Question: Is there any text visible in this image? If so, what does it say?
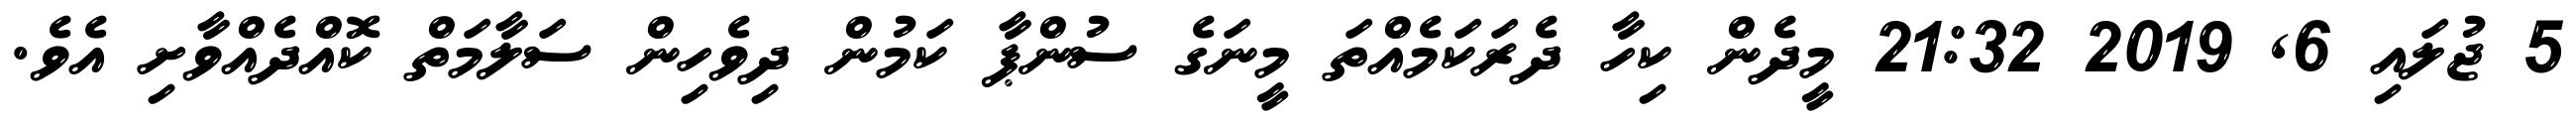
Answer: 5 ޖުލައި 6, 2019 21:32 މީދެން ކިހާ ދެރަކަމެއްތަ މީނަގެ ސުންޕާ ކަމުން ދިވެހިން ސަލާމަތް ކޮއްދެއްވާށި އެވެ.